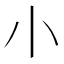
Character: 𡭔